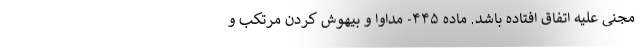
مجنی علیه اتفاق افتاده باشد. ماده ۴۴۵- مداوا و بیهوش کردن مرتکب و